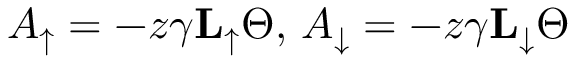
A _ { \uparrow } = - z \gamma \mathbf { L } _ { \uparrow } \Theta , \, A _ { \downarrow } = - z \gamma \mathbf { L } _ { \downarrow } \Theta